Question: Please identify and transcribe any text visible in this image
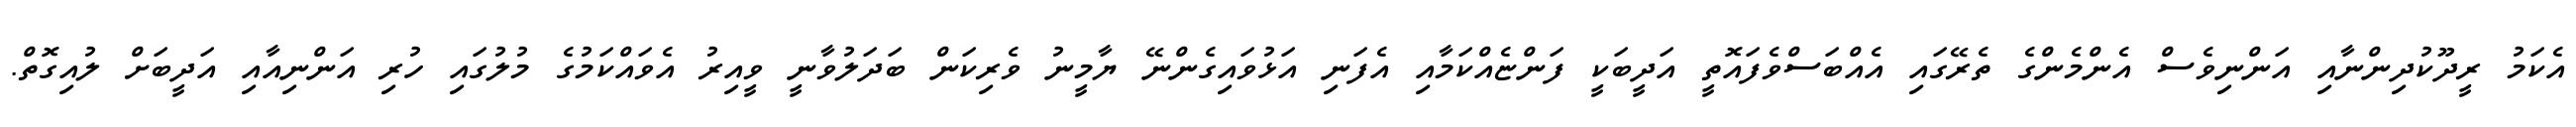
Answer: އެކަމު ރީދޫކުދިންނާއި އަންނިވެސް އެންމެންގެ ތެރޭގައި އެއްބަސްވެފައޮތީ އަދީބަކީ ފަންޏެއްކަމާއި އެފަނި އަޅުވައިގެންނޭ ޔާމީނު ވެރިކަން ބަދަލުވާނީ ވީއިރު އެވައްކަމުގެ މުލުގައި ހުރި އަންނިއާއި އަދީބަށް ލުއިގޮތް.